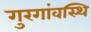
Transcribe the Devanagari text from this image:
गुरगांवस्थि